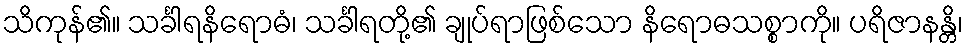
သိကုန်၏။ သင်္ခါရနိရောဓံ၊ သင်္ခါရတို့၏ ချုပ်ရာဖြစ်သော နိရောဓသစ္စာကို။ ပရိဇာနန္တိ၊